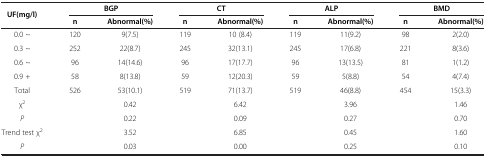
| <ROWSPAN=2> UF(mg/l) | <COLSPAN=2> BGP | <COLSPAN=2> CT | <COLSPAN=2> ALP | <COLSPAN=2> BMD |
 | n | Abnormal(%) | n | Abnormal(%) | n | Abnormal(%) | n | Abnormal(%) |
 | --- | --- | --- | --- | --- | --- | --- | --- | --- |
 | 0.0 ~ | 120 | 9(7.5) | 119 | 10 (8.4) | 119 | 11(9.2) | 98 | 2(2.0) |
 | 0.3 ~ | 252 | 22(8.7) | 245 | 32(13.1) | 245 | 17(6.8) | 221 | 8(3.6) |
 | 0.6 ~ | 96 | 14(14.6) | 96 | 17(17.7) | 96 | 13(13.5) | 81 | 1(1.2) |
 | 0.9 + | 58 | 8(13.8) | 59 | 12(20.3) | 59 | 5(8.8) | 54 | 4(7.4) |
 | Total | 526 | 53(10.1) | 519 | 71(13.7) | 519 | 46(8.8) | 454 | 15(3.3) |
 | χ2 |  | 0.42 |  | 6.42 |  | 3.96 |  | 1.46 |
 | P |  | 0.22 |  | 0.09 |  | 0.27 |  | 0.70 |
 | Trend test χ2 |  | 3.52 |  | 6.85 |  | 0.45 |  | 1.60 |
 | P |  | 0.03 |  | 0.00 |  | 0.25 |  | 0.10 |